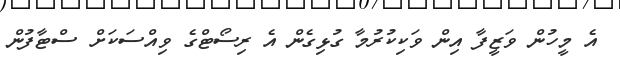
އެ މީހުން ވަޒީފާ އިން ވަކިކުރުމާ ގުޅިގެން އެ ރިސޯޓްގެ ވިއްސަކަށް ސްޓާފުން